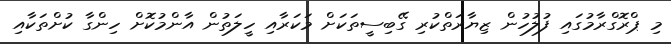
މި ޕްރޮގްރާމުގައި ފުލުހުން ޒިޔާރަތްކުރި ގޭބިސީތަކަށް މަކަރާއި ހީލަތުން އާންމުކޮށް ހިންގާ ކުށްތަކާއި